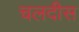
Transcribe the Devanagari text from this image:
चलदीस